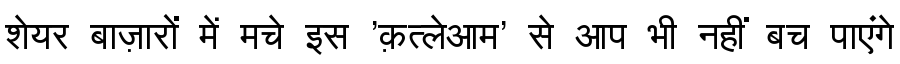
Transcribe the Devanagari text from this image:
शेयर बाज़ारों में मचे इस 'क़त्लेआम' से आप भी नहीं बच पाएंगे